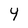
Character: 4